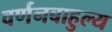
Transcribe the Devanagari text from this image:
वर्णनबाहुल्य